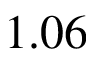
1 . 0 6